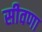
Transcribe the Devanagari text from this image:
सीवणा